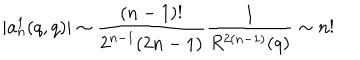
| a _ { n } ^ { 1 } ( q , q ) | \sim \frac { ( n - 1 ) ! } { 2 ^ { n - 1 } ( 2 n - 1 ) } \frac { 1 } { R ^ { 2 ( n - 1 ) } ( q ) } \sim n !